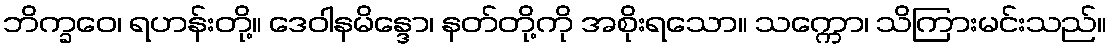
ဘိက္ခဝေ၊ ရဟန်းတို့။ ဒေဝါနမိန္ဒော၊ နတ်တို့ကို အစိုးရသော။ သက္ကော၊ သိကြားမင်းသည်။